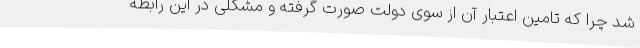
شد چرا که تامین اعتبار آن از سوی دولت صورت گرفته و مشکلی در این رابطه